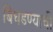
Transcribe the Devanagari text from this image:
बिघडण्याची